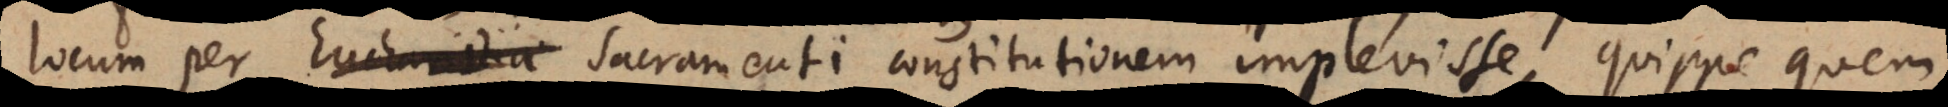
locum per Sacramenti constitutionem implevisse, quippe quem